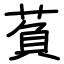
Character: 萯